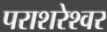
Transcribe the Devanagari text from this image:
पराशरेश्वर